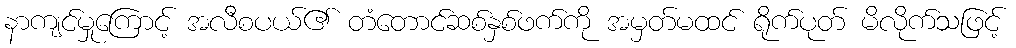
နာကျင်မှုကြောင့် အလီစပယ်၏ တံတောင်ဆစ်နှစ်ဖက်ကို အမှတ်မထင် ရိုက်ပုတ် မိလိုက်သဖြင့်